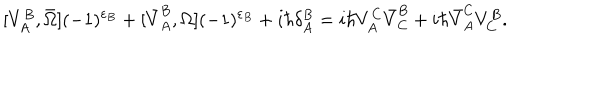
[ V _ { A } ^ { B } , \bar { \Omega } ] ( - 1 ) ^ { \varepsilon _ { B } } + [ \bar { V } _ { A } ^ { B } , \Omega ] ( - 1 ) ^ { \varepsilon _ { B } } + i \hbar \delta _ { A } ^ { B } = i \hbar V _ { A } ^ { C } \bar { V } _ { C } ^ { B } + i \hbar \bar { V } _ { A } ^ { C } V _ { C } ^ { B } .